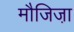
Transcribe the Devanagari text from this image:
मौजिजा़